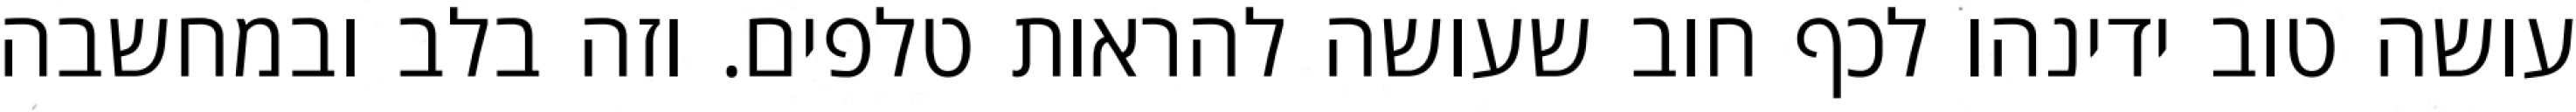
עושה טוב ידינהו לכף חוב שעושה להראות טלפים. וזה בלב ובמחשבה